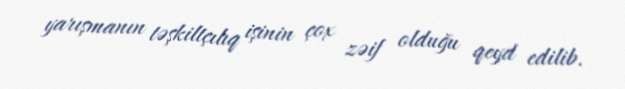
yarışmanın təşkiltçılıq işinin çox zəif olduğu qeyd edilib.